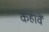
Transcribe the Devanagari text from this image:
कहावें